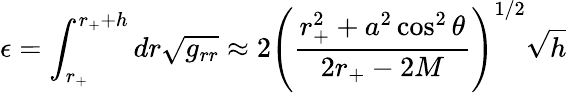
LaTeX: \epsilon=\int_{r_{+}}^{r_{+}+h}dr\sqrt{g_{rr}}\approx 2\left(\frac{r_{+}^{2}+a^{2}\cos^{2}\theta}{2r_{+}-2M}\right)^{1/2}\sqrt{h}